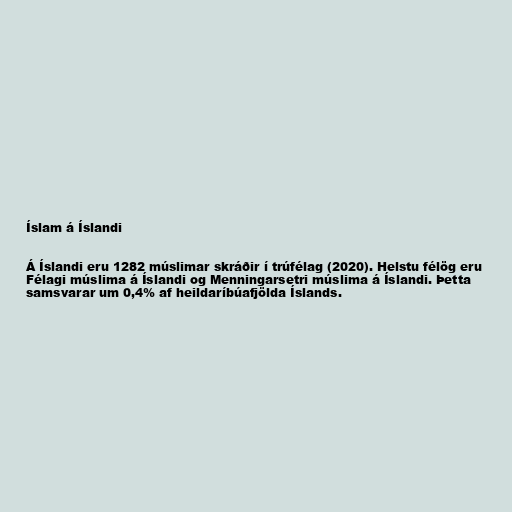
Íslam á Íslandi

Á Íslandi eru 1282 múslimar skráðir í trúfélag (2020). Helstu félög eru
Félagi múslima á Íslandi og Menningarsetri múslima á Íslandi. Þetta
samsvarar um 0,4% af heildaríbúafjölda Íslands.